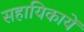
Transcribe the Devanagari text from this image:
सहायिकायें